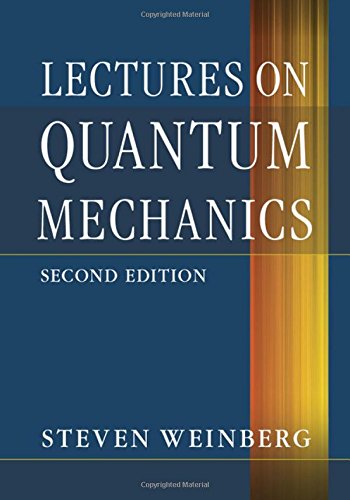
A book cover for Lectures on Quantum Mechanics; Steven Weinberg; Science & Math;